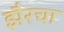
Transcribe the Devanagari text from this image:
झैरचा